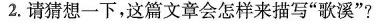
2.请猜想一下，这篇文章会怎样来描写”歌溪”?